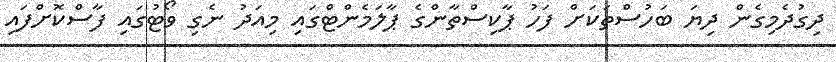
ދިގުދެމިގެން ދިޔަ ބަހުސްތަކަށް ފަހު ޕާކިސްތާންގެ ޕާލަމެންޓްގައި މިއަދު ނެގި ވޯޓުގައި ފާސްކޮށްފައި